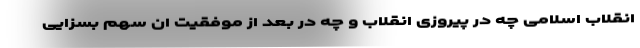
انقلاب اسلامی چه در پیروزی انقلاب و چه در بعد از موفقیت ان سهم بسزایی